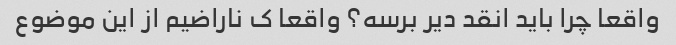
واقعا چرا باید انقد دیر برسه؟ واقعا ک ناراضیم از این موضوع